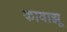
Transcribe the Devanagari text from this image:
कावाझू